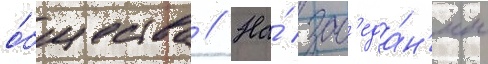
о́бщества // На́ зас'еда́н'ии